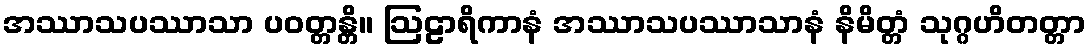
အဿာသပဿာသာ ပဝတ္တန္တိ။ ဩဠာရိကာနံ အဿာသပဿာသာနံ နိမိတ္တံ သုဂ္ဂဟိတတ္တာ